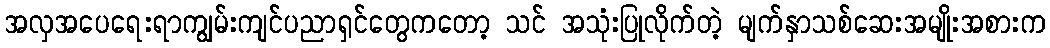
အလှအပေရေးရာကျွမ်းကျင်ပညာရှင်တွေကတော့ သင် အသုံးပြုလိုက်တဲ့ မျက်နှာသစ်ဆေးအမျိုးအစားက